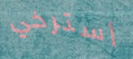
أسترخي